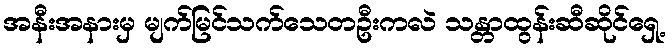
အနီးအနားမှ မျက်မြင်သက်သေတဦးကလဲ သန္တာထွန်းဆီဆိုင်ရှေ့